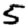
Digit: 5